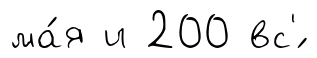
ма́я и 200 вс'́